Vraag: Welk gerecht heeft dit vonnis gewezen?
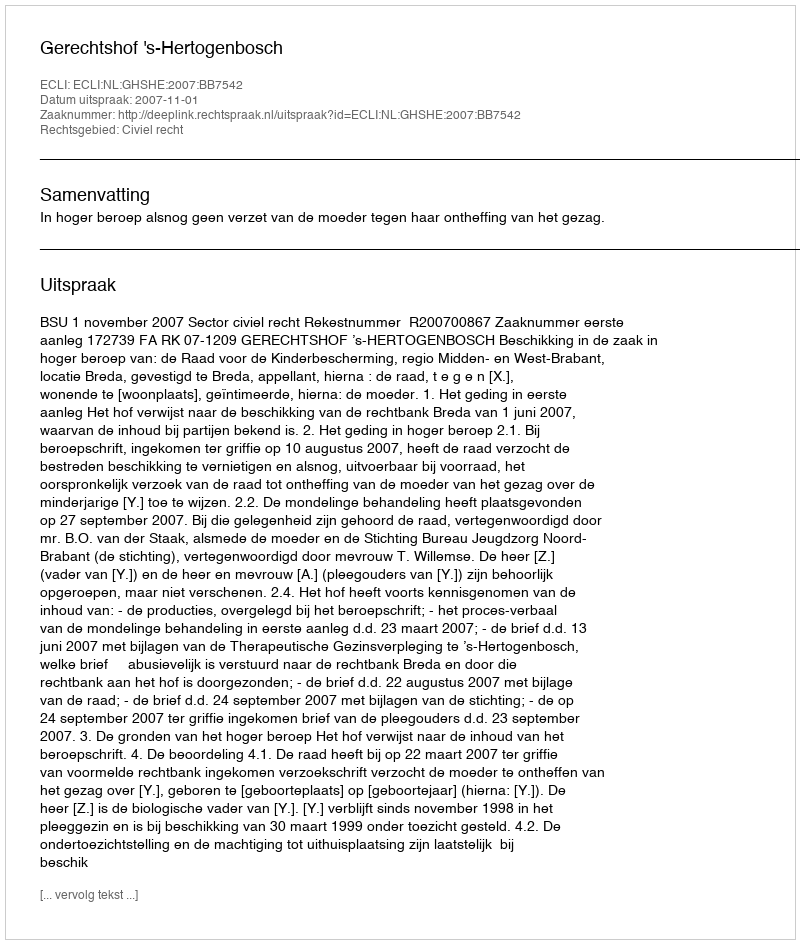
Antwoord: Gerechtshof 's-Hertogenbosch